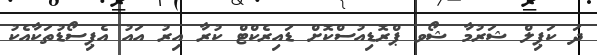
ދަ ކަޕިލް ޝަރުމާ ޝޯވ ޕްރޮޑިއުސްކޮށް ޑައިރެކްޓް ކުރާ އިރު އައު އެޕިސޯޑުތަކާއެކު